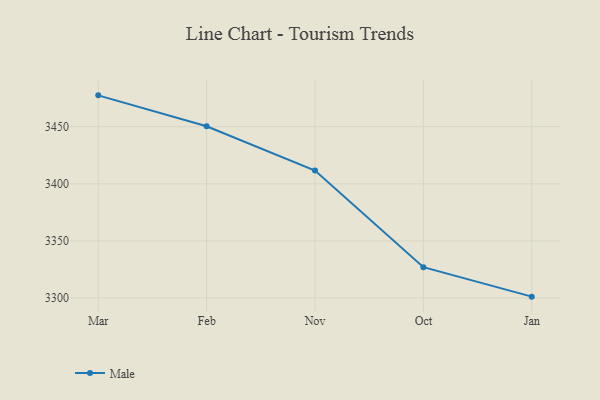
{"axis": {"x": "Month", "y": "Satisfaction Score"}, "legend": ["Male"], "data": [{"x": "Mar", "y": 3477.5, "type": "Male"}, {"x": "Feb", "y": 3450.4, "type": "Male"}, {"x": "Nov", "y": 3411.6, "type": "Male"}, {"x": "Oct", "y": 3327.0, "type": "Male"}, {"x": "Jan", "y": 3301.2, "type": "Male"}]}